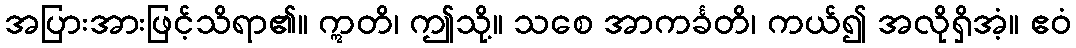
အပြားအားဖြင့်သိရာ၏။ ဣတိ၊ ဤသို့။ သစေ အာကင်္ခတိ၊ ကယ်၍ အလိုရှိအံ့။ ဧဝံ